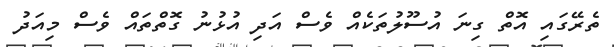
ތެރޭގައި އޮތް ގިނަ އުސޫލުތަކެއް ވެސް އަދި އުޅުނު ގޮތްތައް ވެސް މިއަދު